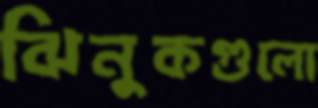
ঝিনুকগুলো